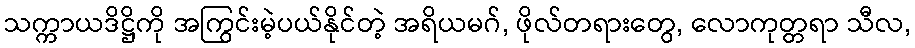
သက္ကာယဒိဋ္ဌိကို အကြွင်းမဲ့ပယ်နိုင်တဲ့ အရိယမဂ်, ဖိုလ်တရားတွေ, လောကုတ္တရာ သီလ,